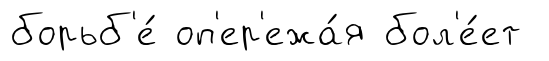
борьб'е́ оп'ер'ежа́я бол'е́ет